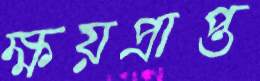
ক্ষয়প্রাপ্ত